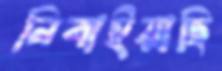
নিবাইয়াছি